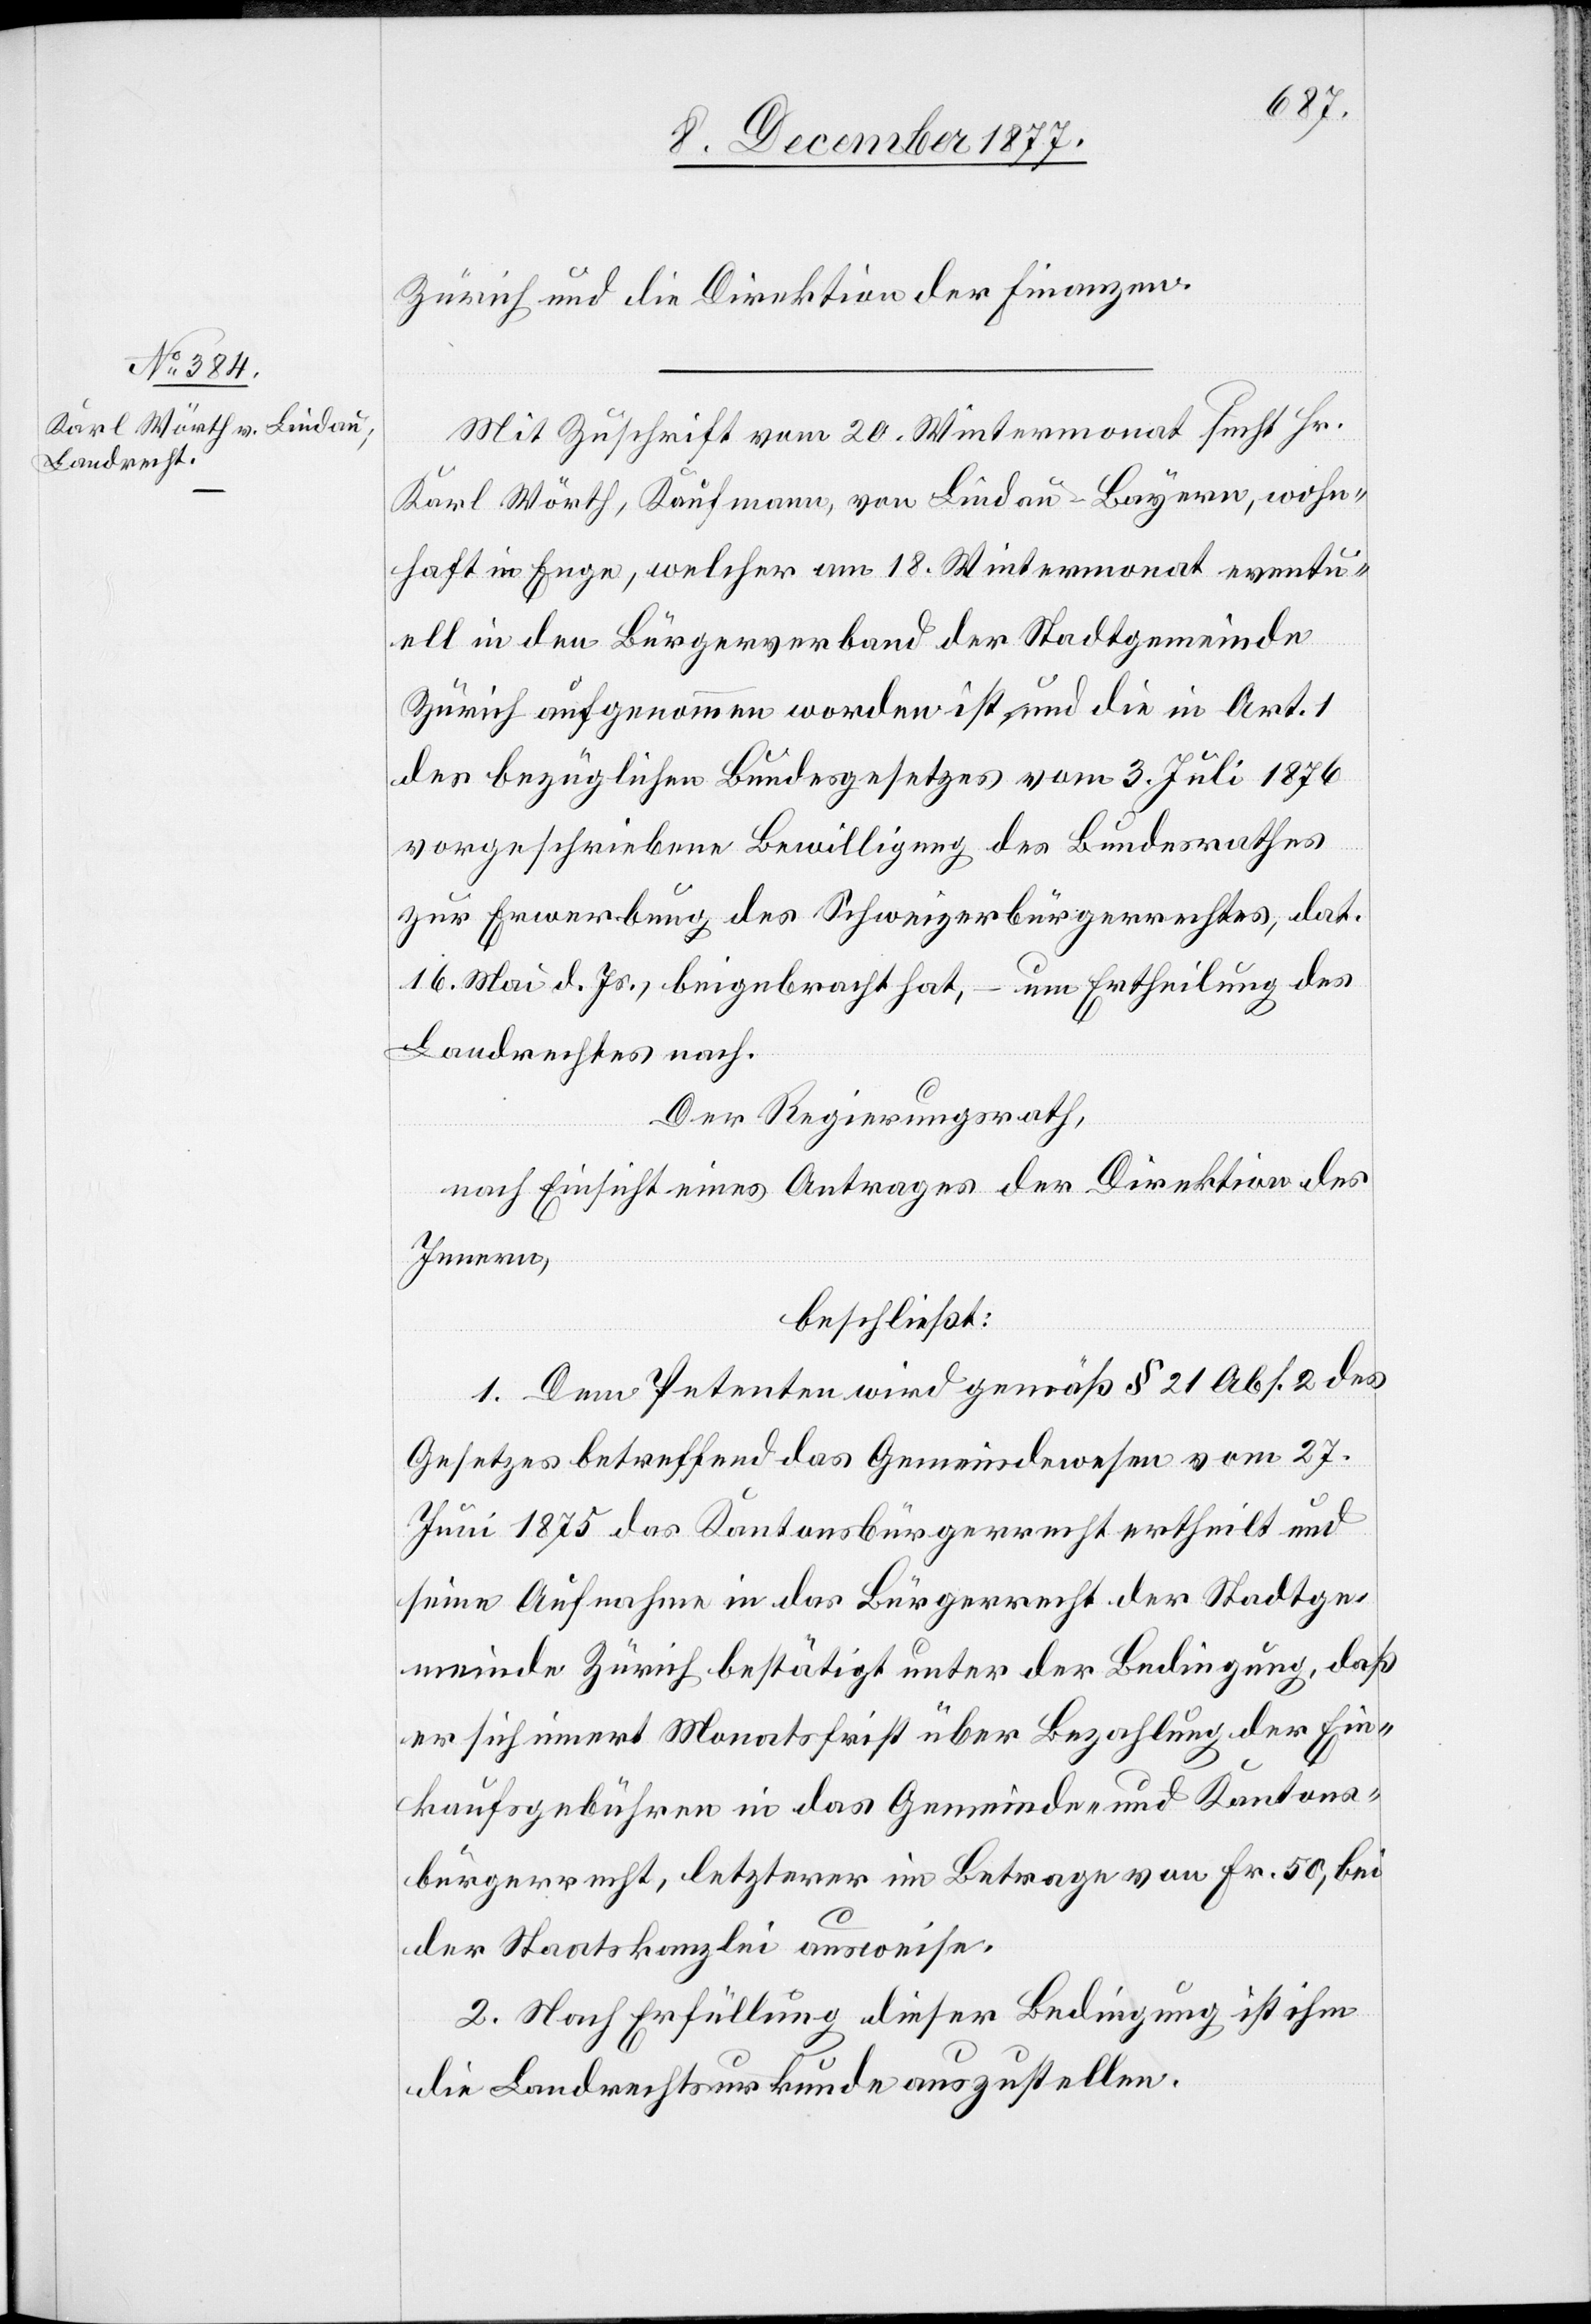
Zürich und die Direktion der Finanzen.
Mit Zuschrift vom 20. Wintermonat sucht Hr.
Karl Wörth, Kaufmann, von Lindau - Bayern, wohn¬
haft in Enge, welcher am 18. Wintermonat eventu¬
ell in den Bürgerverband der Stadtgemeinde
Zürich aufgenommen worden ist, und die in Art. 1
des bezüglichen Bundesgesetzes vom 3. Juli 1876
vorgeschriebene Bewilligung des Bundesrathes
zur Erwerbung des Schweizerbürgerrechtes, dat.
16. Mai d. Js., beigebracht hat, – um Ertheilung des
Landrechtes nach.
Der Regierungsrath,
nach Einsicht eines Antrages der Direktion des
Innern,
beschließt:
1. Dem Petenten wird gemäß § 21 Abs. 2 des
Gesetzes betreffend das Gemeindewesen vom 27.
Juni 1875 das Kantonsbürgerrecht ertheilt und
seine Aufnahme in das Bürgerrecht der Stadtge¬
meinde Zürich bestätigt unter der Bedingung, daß
er sich innert Monatsfrist über Bezahlung der Ein¬
kaufsgebühren in das Gemeinde- und Kantons¬
bürgerrecht, letzterer im Betrage von Fr. 50, bei
der Staatskanzlei ausweise.
2. Nach Erfüllung dieser Bedingung ist ihm
die Landrechtsurkunde auszustellen.